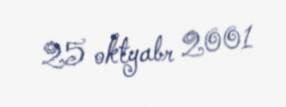
25 oktyabr 2001